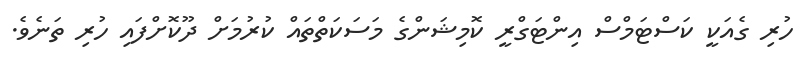
ހުރި ގެއަކީ ކަސްޓަމްސް އިންޓަގްރީ ކޮމިޝަންގެ މަސަކަތްތައް ކުރުމަށް ދޫކޮށްފައި ހުރި ތަނެވެ.